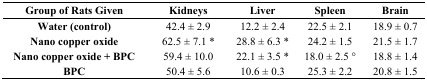
<table><thead><tr><td><b>Group of Rats Given</b></td><td><b>Kidneys</b></td><td><b>Liver</b></td><td><b>Spleen</b></td><td><b>Brain</b></td></tr></thead><tbody><tr><td><b>Water (control)</b></td><td>42.4 ± 2.9</td><td>12.2 ± 2.4</td><td>22.5 ± 2.1</td><td>18.9 ± 0.7</td></tr><tr><td><b>Nano copper oxide</b></td><td>62.5 ± 7.1 *</td><td>28.8 ± 6.3 *</td><td>24.2 ± 1.5</td><td>21.5 ± 1.7</td></tr><tr><td><b>Nano copper oxide + BPC</b></td><td>59.4 ± 10.0</td><td>22.1 ± 3.5 *</td><td>18.0 ± 2.5 °</td><td>18.8 ± 1.4</td></tr><tr><td><b>BPC</b></td><td>50.4 ± 5.6</td><td>10.6 ± 0.3</td><td>25.3 ± 2.2</td><td>20.8 ± 1.5</td></tr></tbody></table>